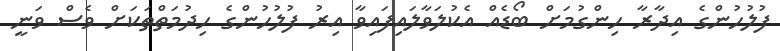
ފުލުހުންގެ އިދާރާ ހިންގުމަށް ބޯޑެއް އެކުލަވާލައިފައިވާ އިރު ފުލުހުންގެ ހިދުމަތްތަކަށް ވެސް ވަނީ